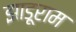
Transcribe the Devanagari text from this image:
झाड़ूराम